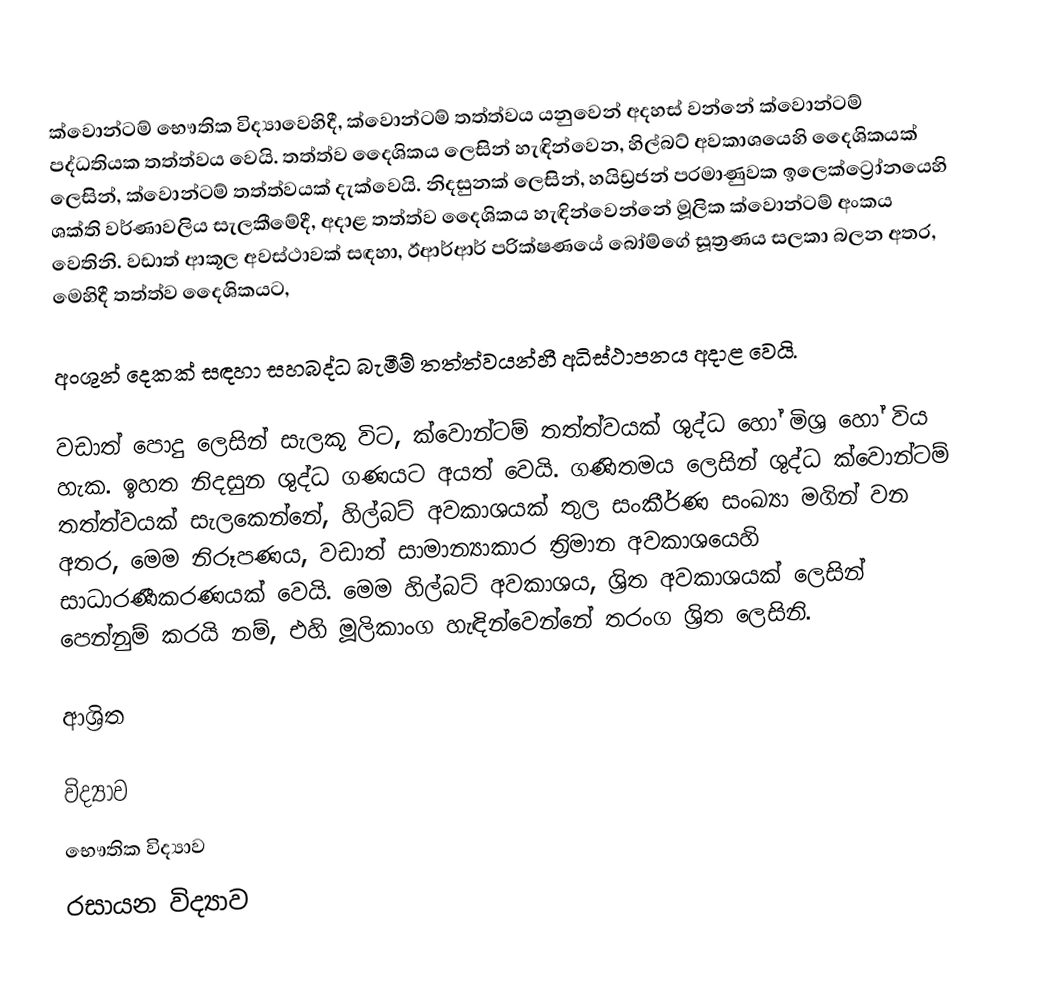
ක්වොන්ටම් භෞතික විද්‍යාවෙහිදී, ක්වොන්ටම් තත්ත්වය යනුවෙන් අදහස් වන්නේ ක්වොන්ටම් පද්ධතියක තත්ත්වය වෙයි. තත්ත්ව දෛශිකය ලෙසින් හැඳින්වෙන, හිල්බට් අවකාශයෙහි දෛශිකයක් ලෙසින්, ක්වොන්ටම් තත්ත්වයක් දැක්වෙයි. නිදසුනක් ලෙසින්, හයිඩ්‍රජන් පරමාණුවක ඉලෙක්ට්‍රෝනයෙහි ශක්ති වර්ණාවලිය සැලකීමේදී, අදාළ තත්ත්ව දෛශිකය හැඳින්වෙන්නේ මූලික ක්වොන්ටම් අංකය  වෙතිනි.  වඩාත් ආකූල අවස්ථාවක් සඳහා, ඊආර්ආර් පරික්ෂණයේ බෝම්ගේ සූත්‍රණය සලකා බලන අතර, මෙහිදී තත්ත්ව දෛශිකයට,

අංශුන් දෙකක් සඳහා සහබද්ධ බැමීම් තත්ත්වයන්හී  අධිස්ථාපනය අදාළ වෙයි.

වඩාත් පොදු ලෙසින් සැලකූ විට, ක්වොන්ටම් තත්ත්වයක් ශුද්ධ හෝ මිශ්‍ර හෝ විය හැක. ඉහත නිදසුන ශුද්ධ ගණයට අයත් වෙයි. ගණිතමය ලෙසින් ශුද්ධ ක්වොන්ටම් තත්ත්වයක් සැලකෙන්නේ, හිල්බට් අවකාශයක් තුල සංකීර්ණ සංඛ්‍යා මගින් වන අතර, මෙම නිරූපණය, වඩාත් සාමාන්‍යාකාර ත්‍රිමාන අවකාශයෙහි සාධාරණීකරණයක් වෙයි.  මෙම හිල්බට් අවකාශය,  ශ්‍රිත අවකාශයක් ලෙසින් පෙන්නුම් කරයි නම්, එහි මූලිකාංග හැඳින්වෙන්නේ තරංග ශ්‍රිත ලෙසිනි.

ආශ්‍රිත

විද්‍යාව
භෞතික විද්‍යාව
රසායන විද්‍යාව